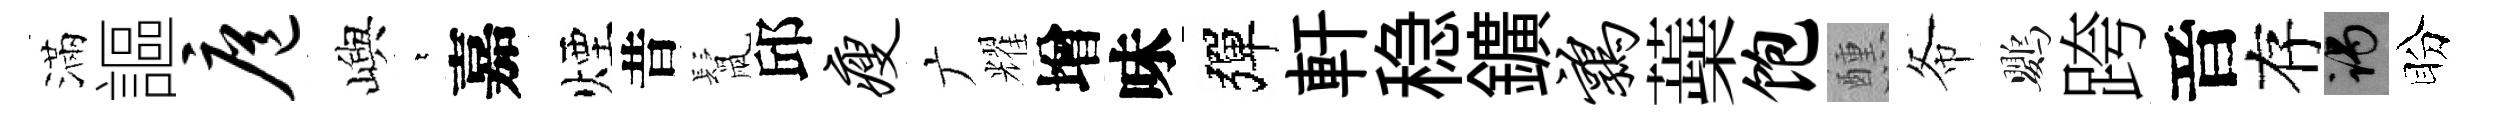
滿謳扈嶼萋嘉煙昔鬛邱瘦广耀增味彈軒稳鑛鹑蘃饱醺𢁙鸚跨音存谒盼